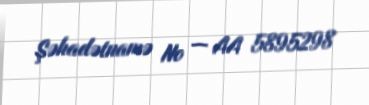
Şəhadətnamə № — AA 5895298